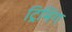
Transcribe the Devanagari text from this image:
ट्रिमिंग